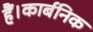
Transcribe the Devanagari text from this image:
हैं।कार्बनिक